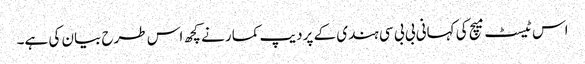
اس ٹیسٹ میچ کی کہانی بی بی سی ہندی کے پردیپ کمار نے کچھ اس طرح بیان کی ہے۔